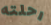
رحلته